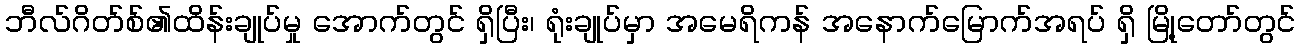
ဘီလ်ဂိတ်စ်၏ထိန်းချုပ်မှု အောက်တွင် ရှိပြီး၊ ရုံးချုပ်မှာ အမေရိကန် အနောက်မြောက်အရပ် ရှိ မြို့တော်တွင်